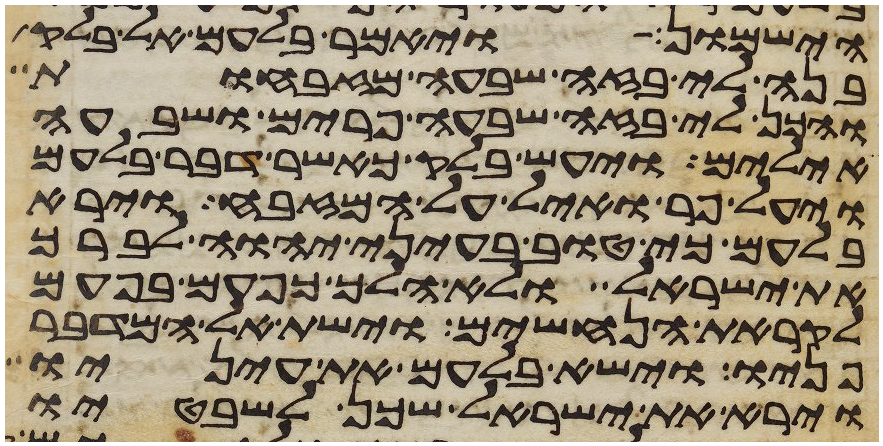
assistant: הישמון ויאמר בלעם אל בלק
בנה לי בזה שבעה מזבחות
והכן לי בזה שבעה פרים ושבעה
אילים ויעש בלק כאשר דבר בלעם
ויעל פר ואיל על המזבח וירא
בלעם כי טוב בעיני יהוה לברך
את ישראל ולא הלך כפעם בפעם
לקראת הנחשים וישת אל המדבר
פניו וישא בלעם את עיניו
וירא את ישראל שכן לשבטיו